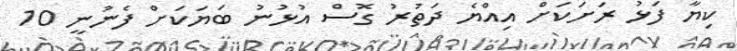
ކިޔާ ފަޅު ރަށަކަށް އިއްޔެ ދަތުރު ގޮސް އުޅުނު ބަޔަކަށް ފެނުނީ 10